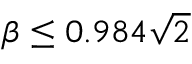
\beta \leq 0 . 9 8 4 { \sqrt { 2 } }